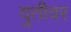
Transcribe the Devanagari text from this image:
युतीवर